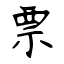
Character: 票